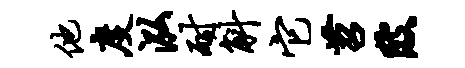
他度泓耐斛它苕陂